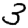
Digit: 3